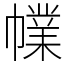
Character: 㡤